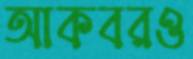
আকবরও